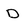
Character: D